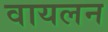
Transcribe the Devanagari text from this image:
वायलन